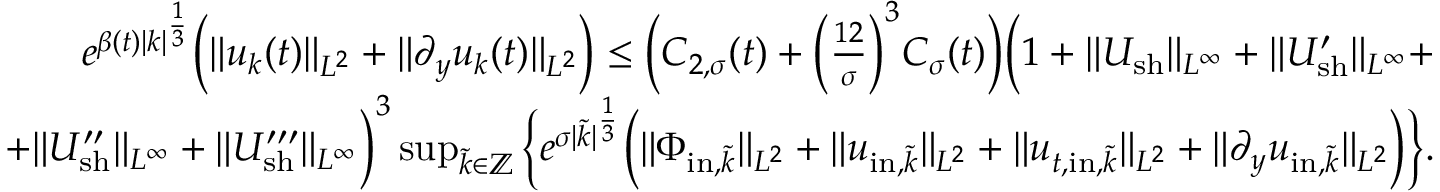
\begin{array} { r } { e ^ { \beta ( t ) | k | ^ { \frac { 1 } { 3 } } } \Big ( \| u _ { k } ( t ) \| _ { L ^ { 2 } } + \| \partial _ { y } u _ { k } ( t ) \| _ { L ^ { 2 } } \Big ) \leq \Big ( C _ { 2 , \sigma } ( t ) + \Big ( \frac { 1 2 } { \sigma } \Big ) ^ { 3 } C _ { \sigma } ( t ) \Big ) \Big ( 1 + \| U _ { \mathrm { s h } } \| _ { L ^ { \infty } } + \| U _ { \mathrm { s h } } ^ { \prime } \| _ { L ^ { \infty } } + } \\ { + \| U _ { \mathrm { s h } } ^ { \prime \prime } \| _ { L ^ { \infty } } + \| U _ { \mathrm { s h } } ^ { \prime \prime \prime } \| _ { L ^ { \infty } } \Big ) ^ { 3 } \operatorname* { s u p } _ { \tilde { k } \in \mathbb Z } \Big \{ e ^ { \sigma | \tilde { k } | ^ { \frac { 1 } { 3 } } } \Big ( \| \Phi _ { \mathrm { i n } , \tilde { k } } \| _ { L ^ { 2 } } + \| u _ { \mathrm { i n } , \tilde { k } } \| _ { L ^ { 2 } } + \| u _ { t , \mathrm { i n } , \tilde { k } } \| _ { L ^ { 2 } } + \| \partial _ { y } u _ { \mathrm { i n } , \tilde { k } } \| _ { L ^ { 2 } } \Big ) \Big \} . } \end{array}